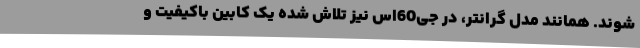
شوند. همانند مدل گرانتر، در جی60اس نیز تلاش شده یک کابین باکیفیت و